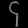
Digit: ၄